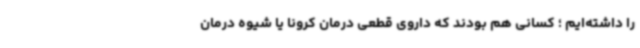
را داشته‌ایم ؛ کسانی هم بودند که داروی قطعی درمان کرونا یا شیوه درمان